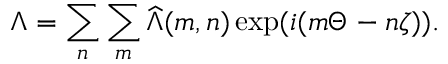
\Lambda = \sum _ { n } \sum _ { m } \widehat { \Lambda } ( m , n ) \exp ( i ( m \Theta - n \zeta ) ) .